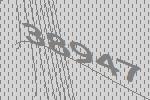
38947